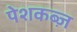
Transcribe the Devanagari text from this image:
पेशकब्ज़